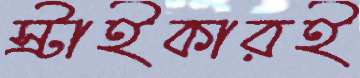
স্ট্রাইকারই